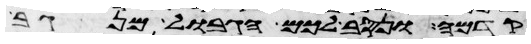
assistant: קדמה ונסב לכם הגבול מנגב